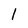
Character: l